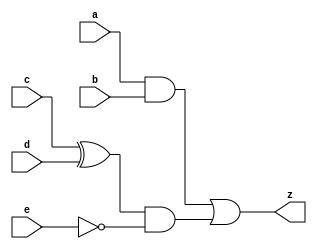
module exCombLogic (
    input       a, b, c, d, e,
    output      z
);
    assign z = ((a & b) | (c ^ d) & ~e);
    
endmodule
/*
a    and 
b                   or   z
c    xor  and 
d          
e   
*/


module halfAdder (
    input       a, b,
    output      c, s
);
    assign s = a ^ b;
    assign c = a & b;

endmodule

module fullAdder (
    input       a, b, c,
    output      s, co
);
    wire tmp_s0, tmp_c0, tmp_c1;
    halfAdder ha0 ( .a  (a),
                    .b  (b),
                    .c  (tmp_c0),
                    .s  (tmp_s)
    );
    halfAdder ha1 ( .a  (tmp_s),
                    .b  (c),
                    .c  (tmp_c1),
                    .s  (s)
    );
    assign co = tmp_c0 | tmp_c1;
    
endmodule
/*
a   tmp_c0
      ha                    or    co
b   tmp_stmp_c1
                 ha
c      s
*/